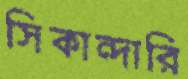
সিকান্দারি